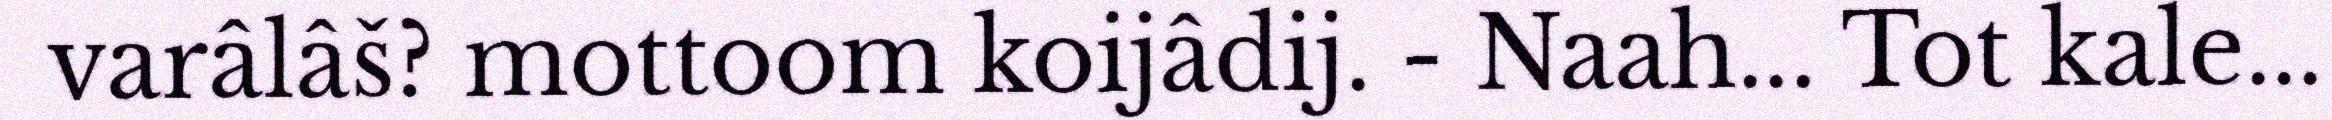
varâlâš? mottoom koijâdij. - Naah... Tot kale...